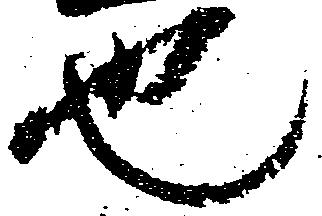
也